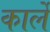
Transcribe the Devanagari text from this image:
कार्ले